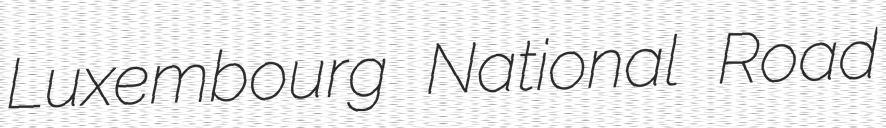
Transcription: Luxembourg National Road